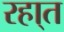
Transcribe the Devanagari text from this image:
रहा्त